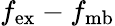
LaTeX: f_{\mathrm{ex}}-f_{\mathrm{mb}}